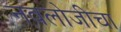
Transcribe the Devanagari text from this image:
नवलोजीचा